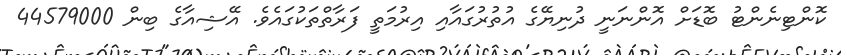
ކޮންޓިނެންޓު ބޮޑަށް އޮންނަނީ ދުނިޔޭގެ އުތުރުގައާއި އިރުމަތީ ފަރާތްތަކުގައެވެ. އޭޝިއާގެ ބިން 44579000